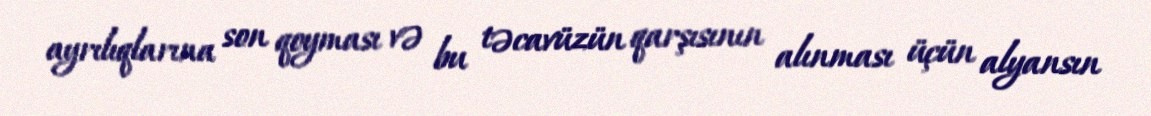
ayrılıqlarına son qoyması və bu təcavüzün qarşısının alınması üçün alyansın